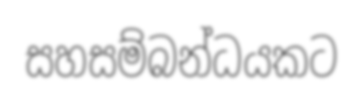
සහසම්බන්ධයකට